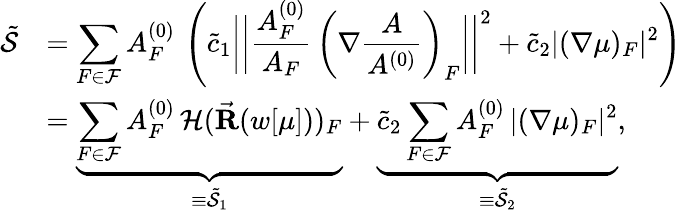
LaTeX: \begin{array}{rl}{\tilde{\mathcal{S}}}&{=\displaystyle\sum_{F\in\mathcal{F}}A_{F}^{(0)}\, \left(\tilde{c}_{1}\bigg|\bigg|\frac{A_{F}^{(0)}}{A_{F}}\, \left(\nabla\frac{A}{A^{(0)}}\right)_{F}\bigg|\bigg|^{2}+\tilde{c}_{2}|(\nabla\mu)_{F}|^{2}\right)}\\ &{=\underbrace{\displaystyle\sum_{F\in\mathcal{F}}A_{F}^{(0)}\, \mathcal{H}(\vec{\mathbf R}(w[\mu]))_{F}}_{\equiv\tilde{\mathcal{S}}_{1}}+\underbrace{\tilde{c}_{2}\displaystyle\sum_{F\in\mathcal{F}}A_{F}^{(0)}\, |(\nabla\mu)_{F}|^{2}}_{\equiv\tilde{\mathcal{S}}_{2}},}\end{array}